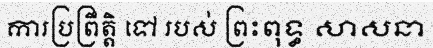
ការប្រព្រឹត្តិ ទៅ របស់ ព្រះពុទ្ធ សាសនា